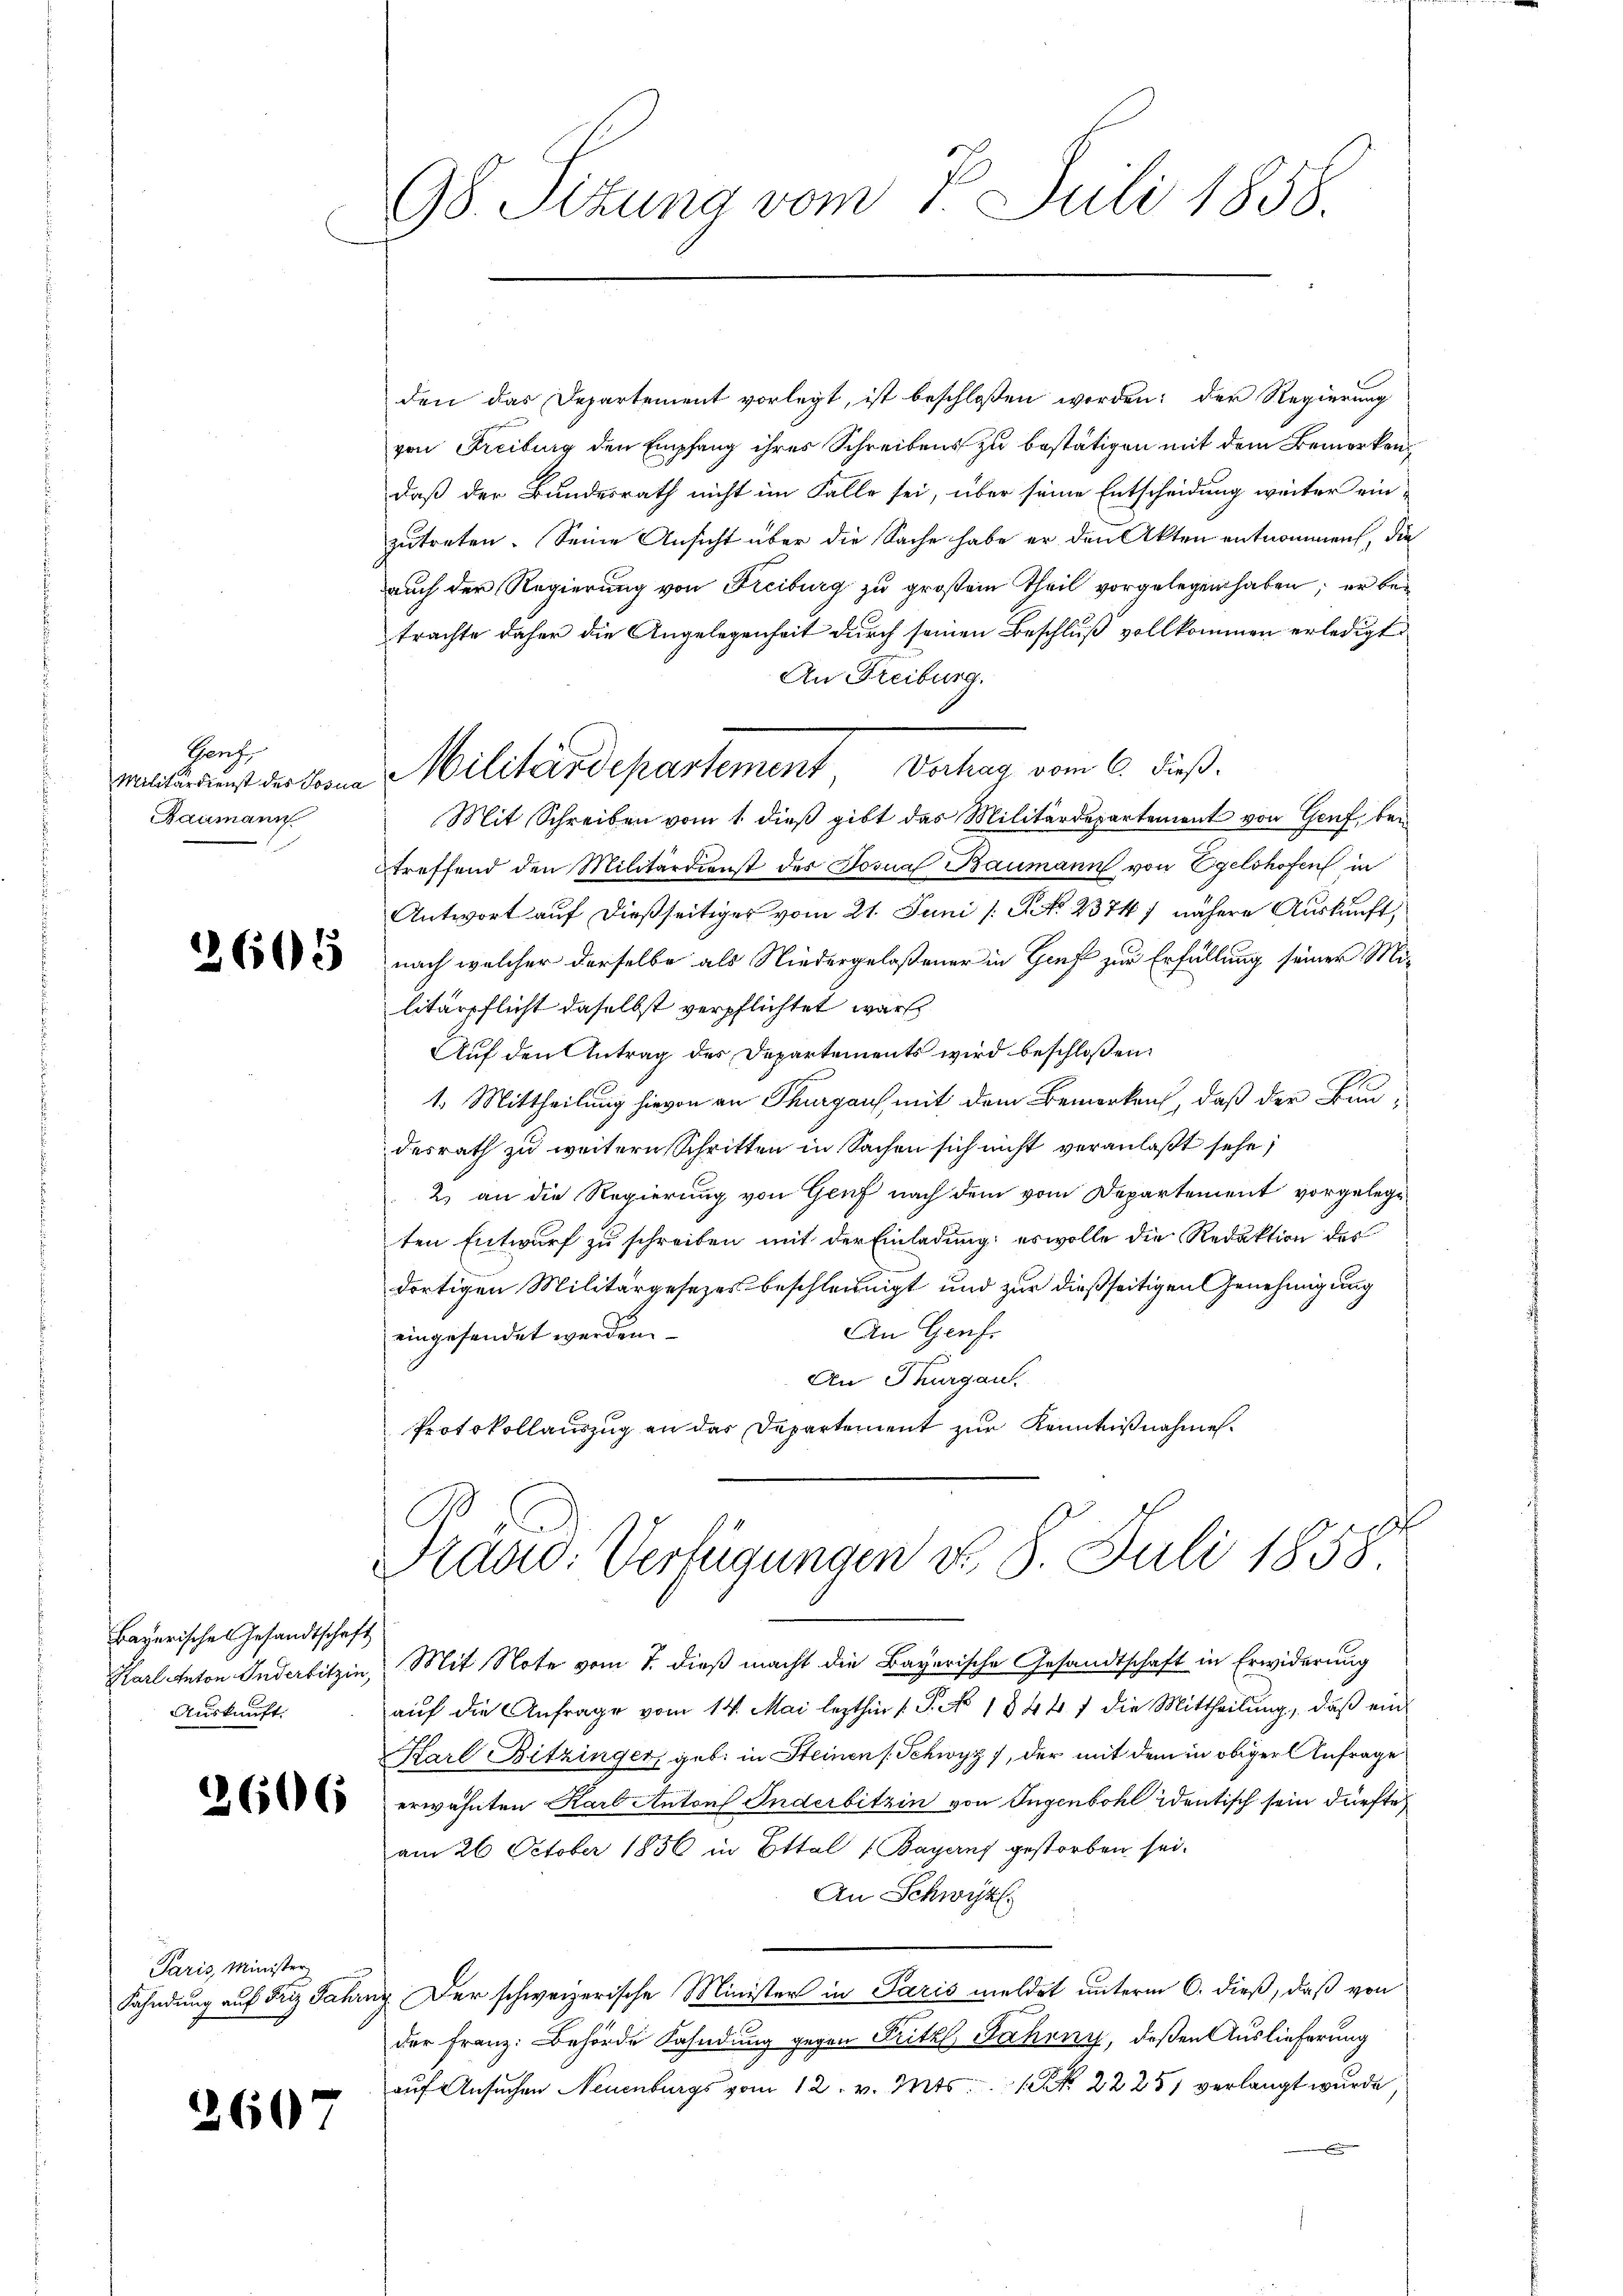
Hanh
Baumann

Bayerische Gesandtschaft
Auskunft.

Paris, Minister

2607

98. Setzung vom 7. Juli 1858.

den das Departement vorlegt, ist beschloßen worden; der Regierung
von Freiburg den Empfang ihres Schreibens zu bestätigen mit dem Bemerkendaß der Bundesrath nicht im Falle sei, über seine Entscheidung weiter ein-
zutreten. Seine Ansicht über die Sache habe er den Akten entnommen, die
auch der Regierung von Freiburg zu großem Theil vorgelegen haben; er betrachte daher die Angelegenheit durch seinen Beschluß vollkommen erledigt
An Freiburg.
Mit Schreiben vom 1. dieß gibt das Militärdepartement von Genf, bei
treffend den Militärdienst der Josnaf Baumann von Egelshofen in
Antwort auf dießseitiges vom 21. Juni /: No 23747 nähere Auskunft,
2) nach welcher derselbe als Niedergelaßener in Hief zur Erfüllung seiner Militärpflicht daselbst verpflichtet war
Auf den Antrag des Departements wird beschloßen:
1. Mittheilung hievon an Thurgaus, mit dem Bemerken, daß der Bundesrath zu weitern Schritten in Sachen sich nicht veranlaßt sehe,
2) an die Regierung von Genf nach dem vom Departement vorgelegten Entwurf zu schreiben mit der Einladung: es wolle die Redaktion des
dortigen Militärgesetzes beschleunigt und zur dießseitigen Genehmigung
An Gruf
eingesendet werden.
An Thurgau.
Protokollauszug an das Departement zur Kenntnißnahme.
Praad: Verfügungen d. 8. Juli 1858
Karl Anton Inderbitzin, Mit Note vom 7. dieß macht die Bayerische Gesandtschaft in Erwiderung
aŭf die Anfrage vom 14. Mai lezthin 1 S. No 1844. 7 die Mittheilŭng, daβ ein
Karl Bitzinger, geb. in Steinen Schwyz, der mit dem in obiger Anfrage
 erwähnten Karl Antons Anderbitzen von Ingenbohl identisch sein dürfte,
am 26. October 1856 in Ettal (Bayerny gestorben sei.
An Schwyz,
Fahndung auf Friz Jahrny, Der schweizerische Minister in Paris meldet unterm 6. dieß, daß von
der Franz: Behörde Fahndung gegen Fritzl, Fahrny, deßen Auslieferung
auf Ansuchen Neuenburgs vom 12. v. Mts.        22 251 verlangt wurde

valeurs der kann Militärdepartement Vertrag vom 6. dieß.